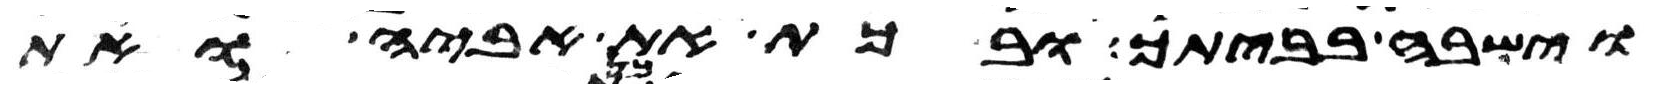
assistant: וישבה בביתך ובכתה את אביה ואת